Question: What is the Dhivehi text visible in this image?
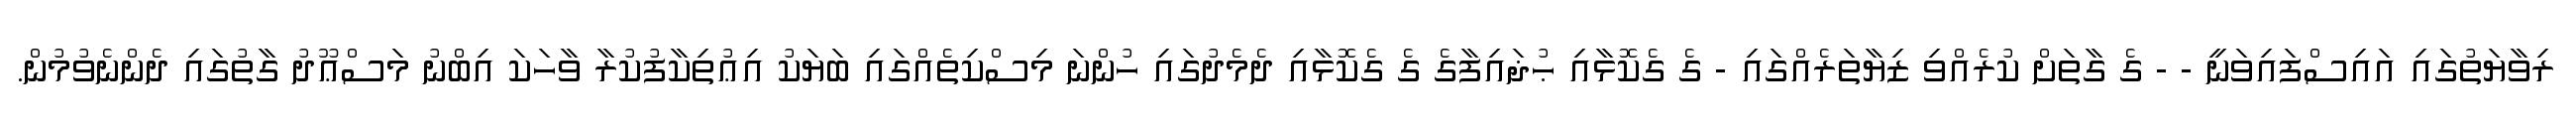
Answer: ރިވާޔަތުގައި އައިސްފައިވަނީ - - ގެ ގާތަށް ކުރެއްވި ޒިޔާތަރެއްގައި - ގެ ގެކޮޅާއި ޙުޛައިފާގެ ގެ ގެކޮޅާއި ދެމެދުގައި ހުންނަ މިސްކިތެއްގައި ބަޔަކު އިޢުތިކާފުކުރާ ވާހަކަ އިބްނު މަސްޢޫދު ގާތުގައި ދެންނެވުމުން.